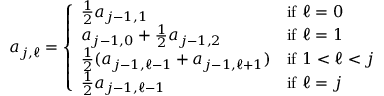
\begin{array} { r } { a _ { j , \ell } = \left\{ \begin{array} { l l } { \frac { 1 } { 2 } a _ { j - 1 , 1 } } & { \mathrm { i f ~ } \ell = 0 } \\ { a _ { j - 1 , 0 } + \frac { 1 } { 2 } a _ { j - 1 , 2 } } & { \mathrm { i f ~ } \ell = 1 } \\ { \frac { 1 } { 2 } ( a _ { j - 1 , \ell - 1 } + a _ { j - 1 , \ell + 1 } ) } & { \mathrm { i f ~ } 1 < \ell < j } \\ { \frac { 1 } { 2 } a _ { j - 1 , \ell - 1 } } & { \mathrm { i f ~ } \ell = j } \end{array} \right. } \end{array}